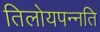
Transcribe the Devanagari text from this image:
तिलोयपन्नति